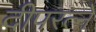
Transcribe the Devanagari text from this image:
दीपरत्ने